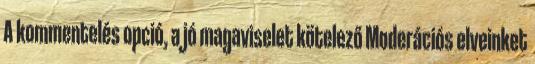
A kommentelés opció, a jó magaviselet kötelező Moderációs elveinket